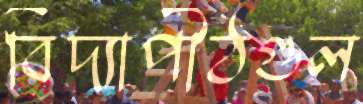
বিদ্যাপীঠগুল